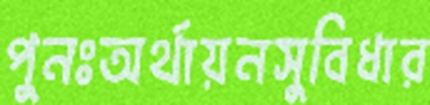
পুনঃঅর্থায়নসুবিধার